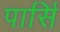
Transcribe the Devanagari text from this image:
पार्सि